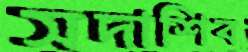
সদাশিব